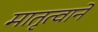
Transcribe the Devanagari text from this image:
मातृत्वाने